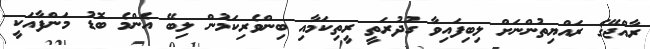
ރާއްޖޭގެ ރައްޔިތުންނަށް ލިބިފައިވާ ގުދުރަތީ ރީތިކަމާއި ބިންވެރިކަމުން ލިބޭ އެންމެ ބޮޑު މަންފާއަކީ